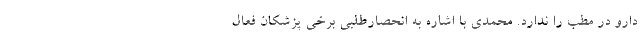
دارو در مطب را ندارد. محمدی با اشاره به انحصارطلبی برخی پزشکان فعال